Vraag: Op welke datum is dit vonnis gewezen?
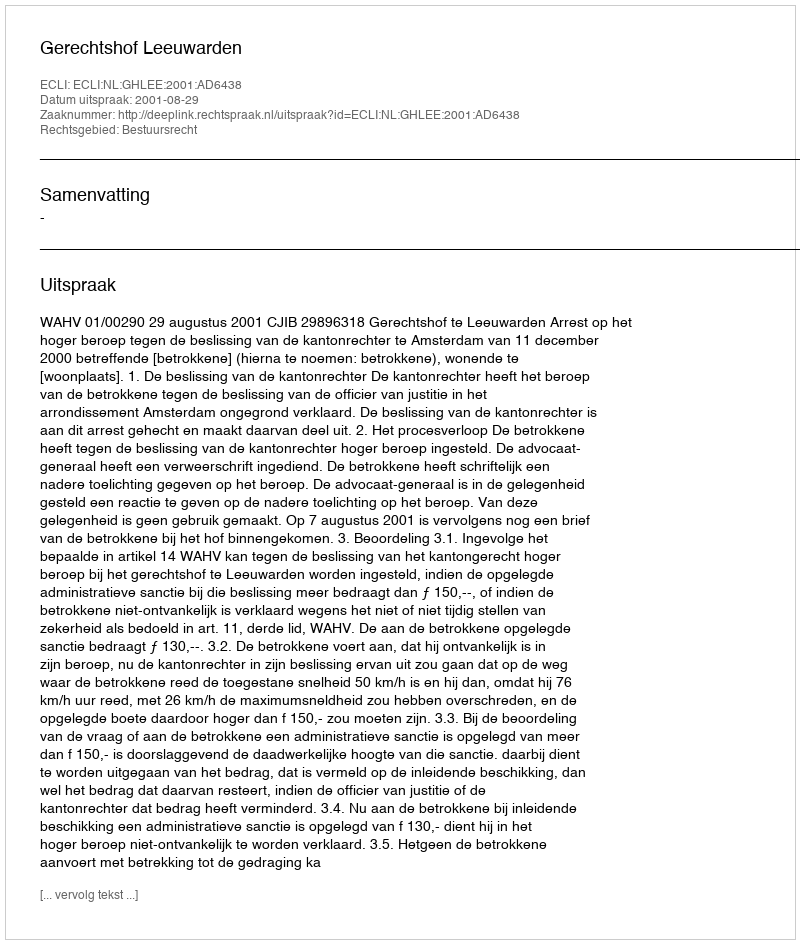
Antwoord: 2001-08-29